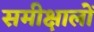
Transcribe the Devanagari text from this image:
समीक्षालों